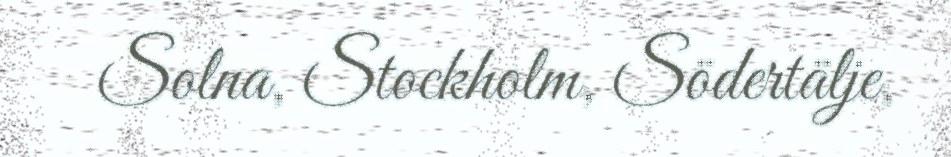
Solna, Stockholm, Södertälje,